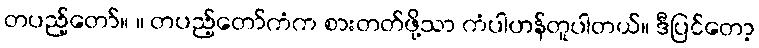
တပည့်တော်။ ။ တပည့်တော်ကံက စားတတ်ဖို့သာ ကံပါဟန်တူပါတယ်။ ဒီပြင်တော့